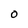
Character: O